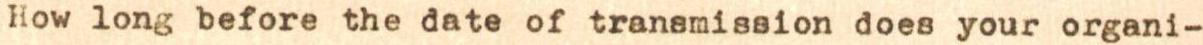
How long before the date of transmission does your organi-